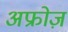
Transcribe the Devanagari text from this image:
अफ्रोज़